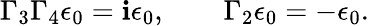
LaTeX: \Gamma_{3}\Gamma_{4}\epsilon_{0}=\mathbf{i}\epsilon_{0},\qquad\Gamma_{2}\epsilon_{0}=-\epsilon_{0}.